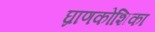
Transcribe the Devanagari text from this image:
घ्राणकोशिका